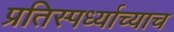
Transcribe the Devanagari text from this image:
प्रतिस्पर्ध्याच्याच